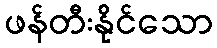
ဖန်တီးနိုင်သော